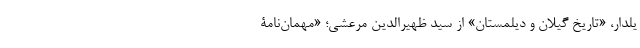
یلدار، «تاریخ گیلان و دیلمستان» از سید ظهیرالدین مرعشی؛ «مهمان‌نامۀ